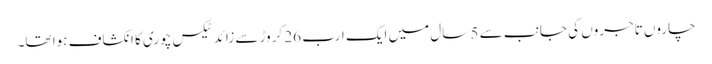
چاروں تاجروں کی جانب سے 5 سال میں ایک ارب 26 کروڑ سے زائد ٹیکس چوری کا انکشاف ہوا تھا۔